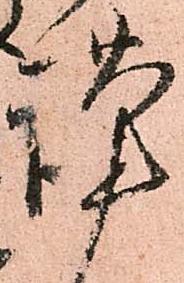
謹